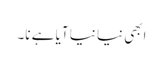
ابھی نیا نیا آیا ہے نا۔